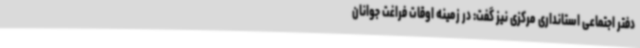
دفتر اجتماعی استانداری مرکزی نیز گفت: در زمینه اوقات فراغت جوانان